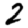
Digit: 2